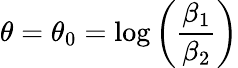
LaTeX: \theta=\theta_{0}=\log{\left(\frac{\beta_{1}}{\beta_{2}}\right)}